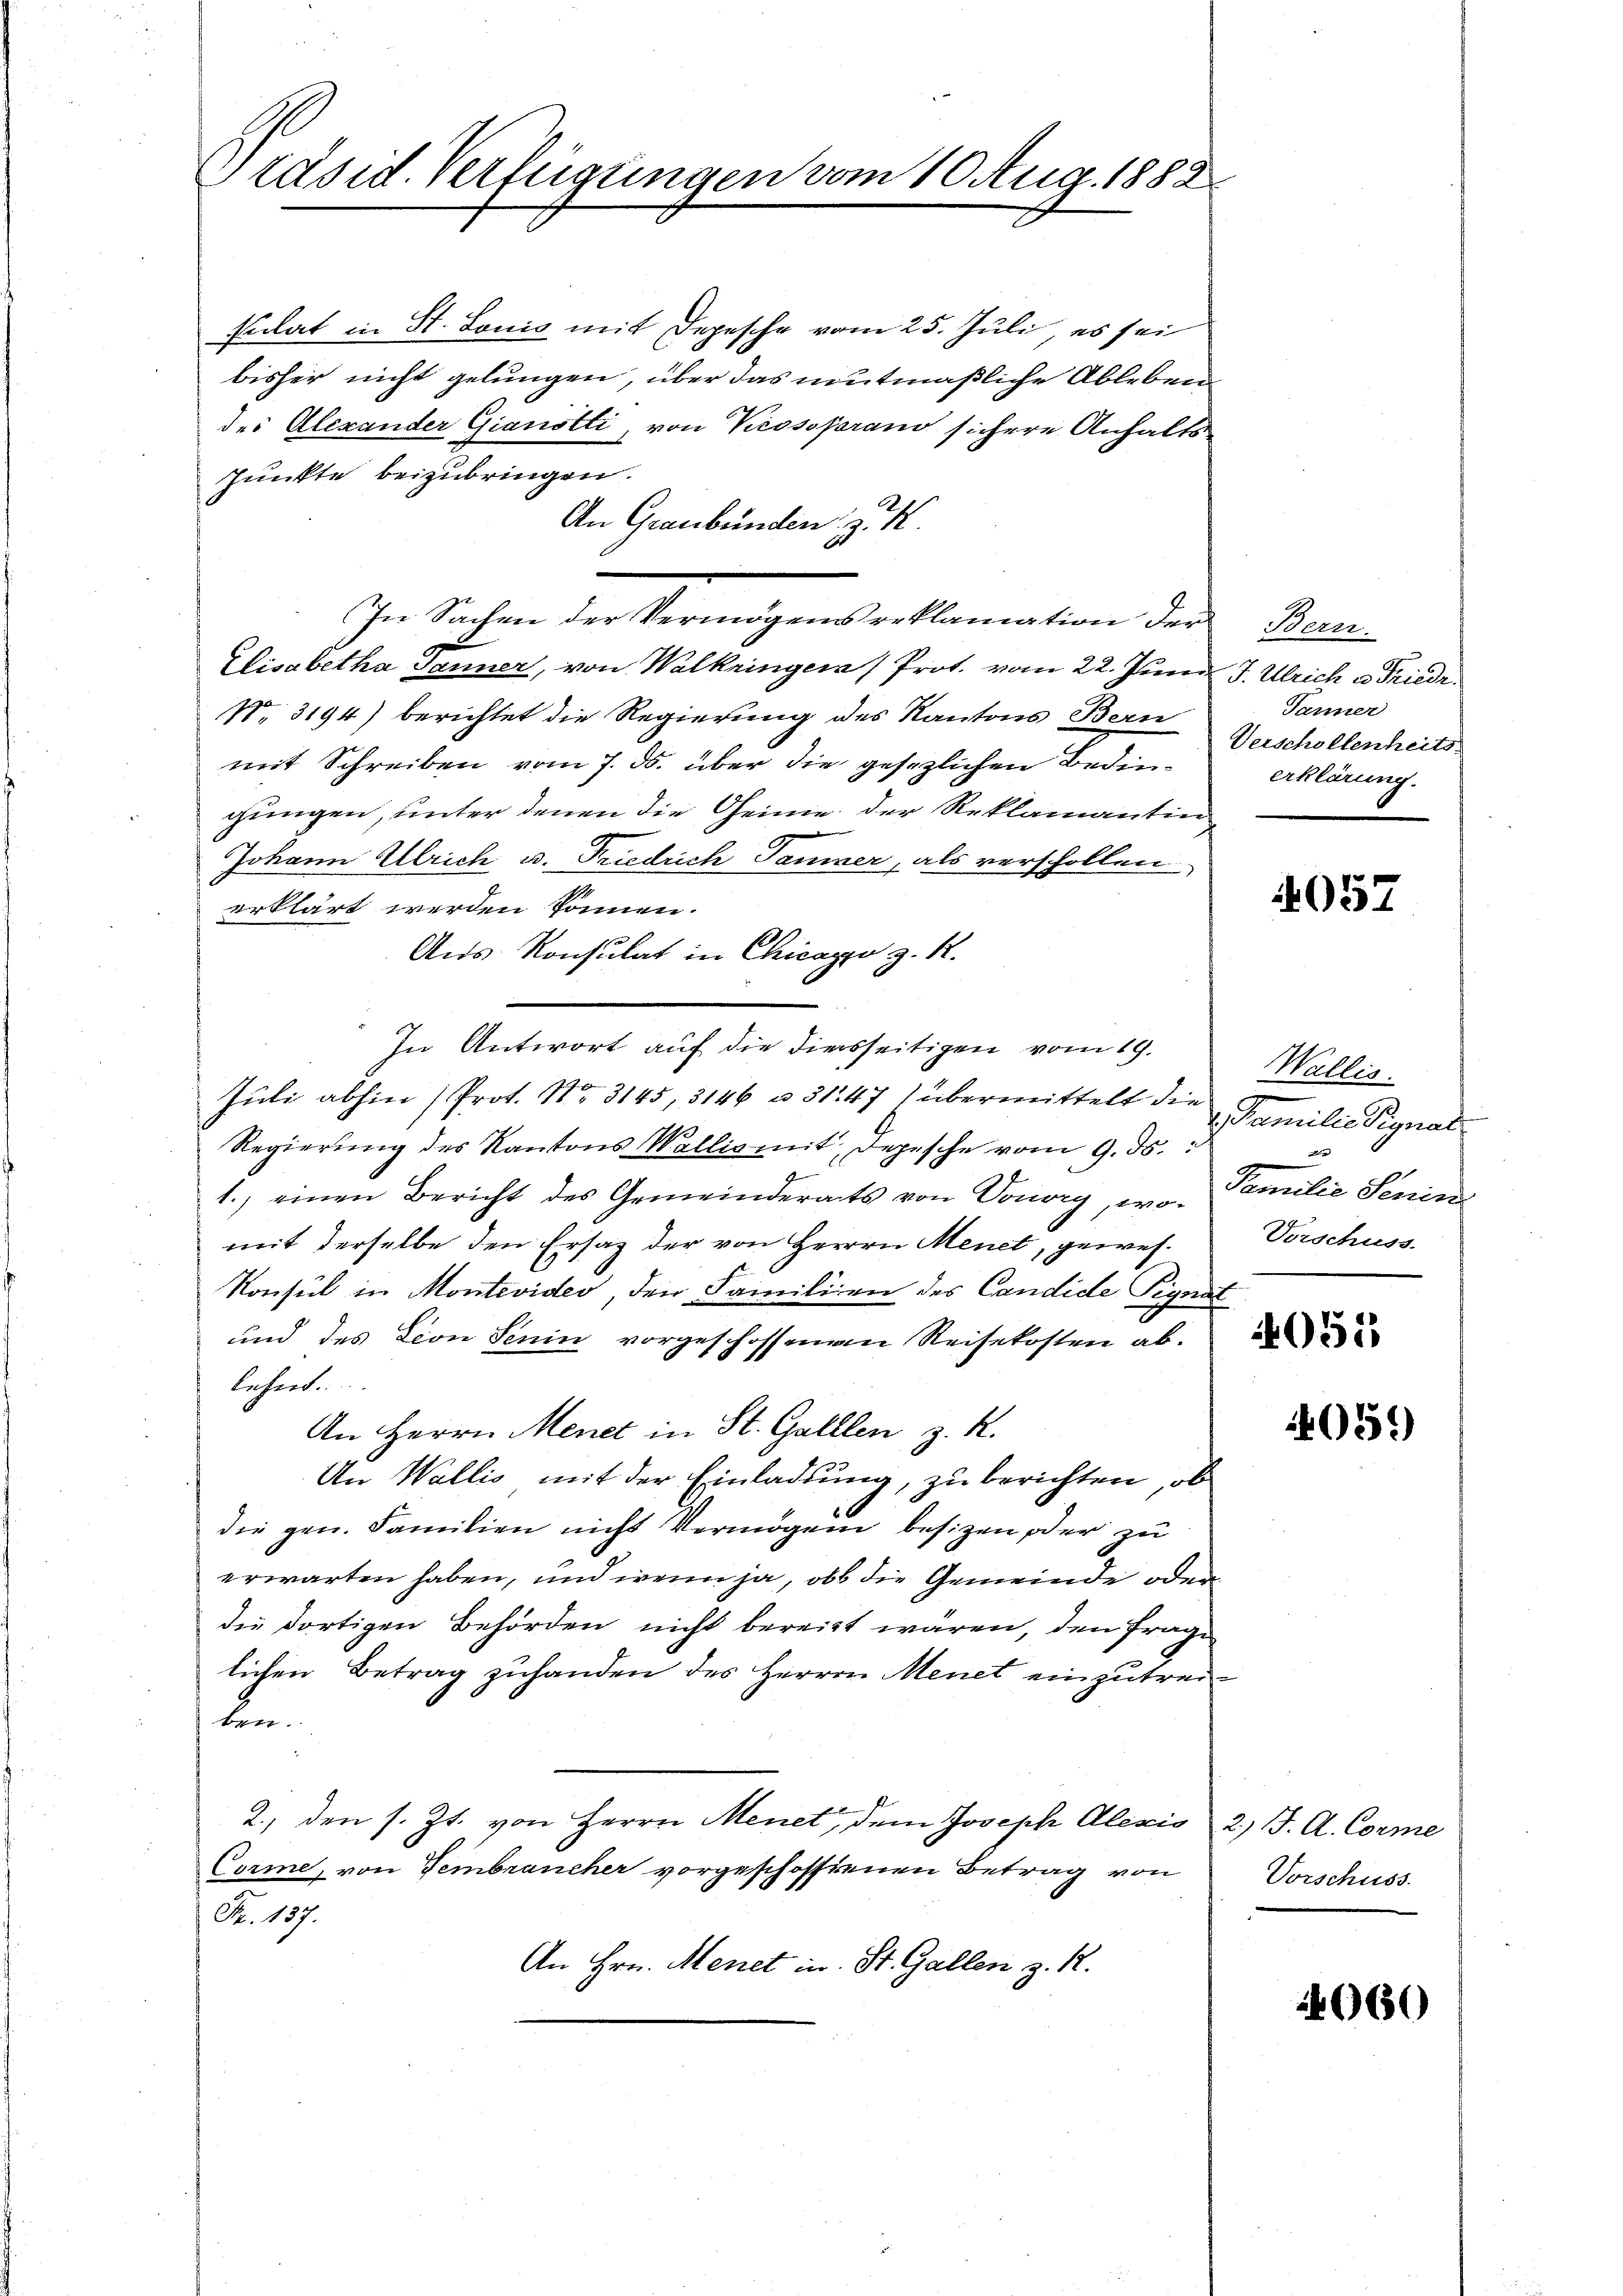
Präsid. Verfügungen vom 10 Aug. 1882.

sulat in St. Louis mit Depesche vom 25. Juli es sei
bisher nicht gelungen, über das neutmaßliche Ableben
des Alexander Gianotti, von Krosoperano sichere Anhalts-
Punkte beizubringen.
An Graubünden
In Sachen der Vermögens reklamation der Bern-
Elisabetha Tanner, von Walkringen (Prot. vom 22. Juni J. Ulrich es Friedr.
N. 3194) berichtet die Regierung des Kantons Bern
mit Schreiben vom 7. ds. über die gesezlichen Bedingungen, unter denen die Genie der Reklamantin
Johann Ulrich u. Friedrich Tanner, als verschollen
erklärt werden können.
Aus Konsulat in Chicago z. R.
In Antwort auf die diesseitigen vom 19.
Juli abhin (Prot. No 3145, 3146 u. 3147) übermittelt die
Regierŭng des Kantons Wallis mit, Depesche vom 9. ds.
1., einen Bericht des Gemeinderats von Conory, womit derselbe den Ersatz der von Herrrn Menet, gewes¬
Konsul in Montevider den Familien des Candide Pignat
und des Lion Senin vorgeschossenen Reisekosten ab.
lehret.
An Herrn Menet in St. Galllen z. R.
An Wallis mit der Einladung, zu berichten, ob
6
die gen. Familien nicht Vermögen besizen oder zu
erwarten haben, und wenn ja, ob die Gemeinde oder
die dortigen Behörden nicht bereitt wären, den Frage
lichen Betrag zuhanden des Herren Menet einzutreiben.
2., den s. Zt. von Herrn Menet, dem Joseph Alexis 2 J. A. Conme
Corme, von Fembrancher vorgeschossenen Betrag von
Fr. 137.
An Hrn. Menet in St. Gallen z. R.

Jänner
Verschollenheits-
erklärung.

4057

Wallis.
 Familie Signal
x
Familie Senin
Verschuss.

05.)

Vorschuss

060